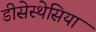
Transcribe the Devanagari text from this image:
डीसेस्थेसिया